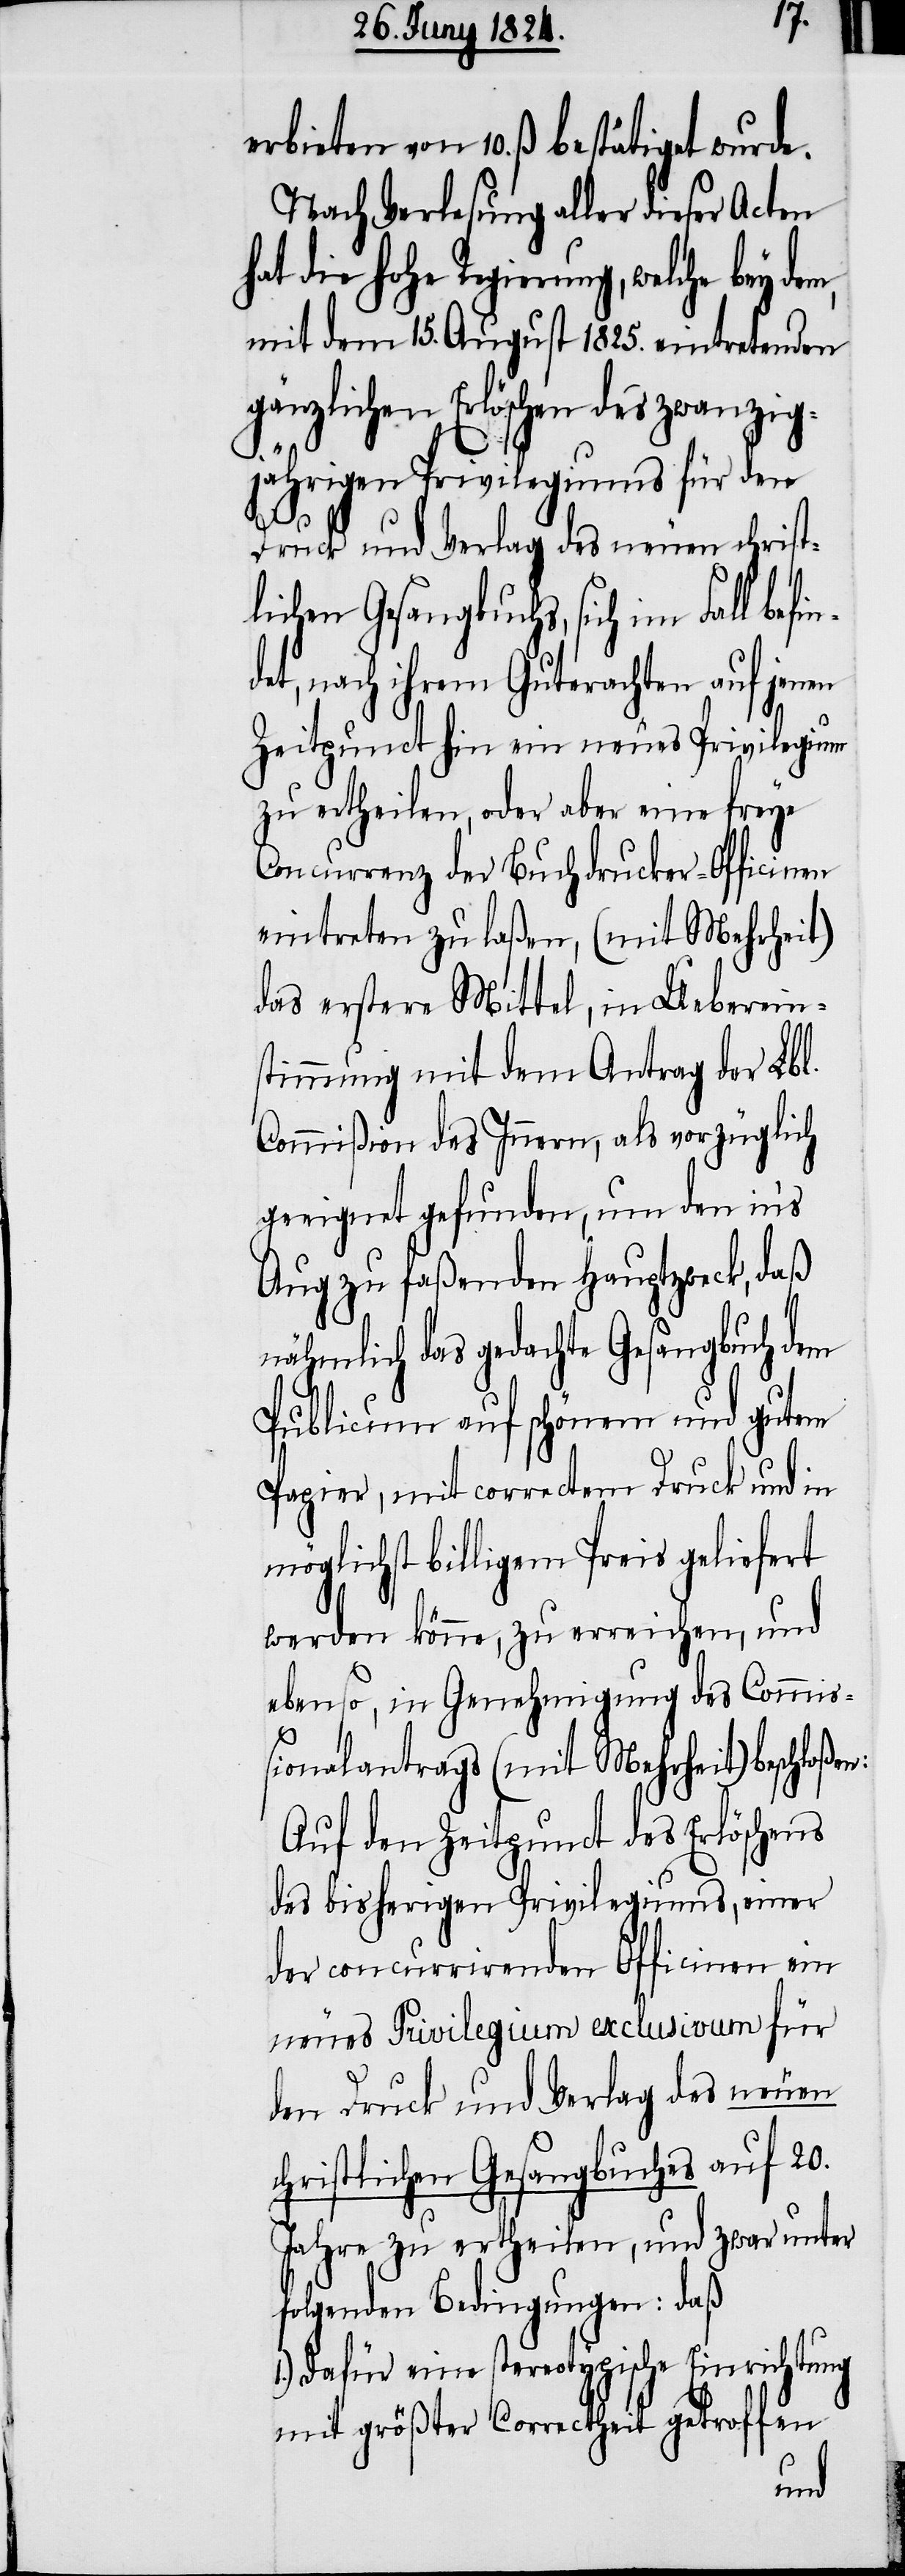
erbieten von 10. ß bestätigt wurde.
Nach Verlesung aller dieser Acten
hat die hohe Regierung, welche bey
mit dem 15. August 1825. eintretenden
gänzlichen Erlöschen des zwanzig¬
jährigen Privilegiums für den
Druck und Verlag des neuen christ¬
lichen Gesangbuchs, sich im Fall be¬
det, nach ihrem Guterachten auf jenen
Zeitpunct hin ein neues Privilegium
zu ertheilen, oder aber eine freye
Concurrenz der Buchdrucker-Officinen
eintreten zu laßen, (mit Mehrheit)
das erstere Mittel, in Ueberein¬
stimmung mit dem Antrag der Lbl.
Commißion des Innern, als vorzüglich
geeignet gefunden, um den in’s
Aug zu faßenden Hauptzweck, daß
nähmlich das gedachte Gesangbuch dem
Publicum auf schönem und gutem
Papier, mit correctem Druck und in
möglichst billigem Preis geliefert
werden könne, zu erreichen, und
ebenso, in Genehmigung des Commi¬
ßionalantrags (mit Mehrheit) beschloßen:
Auf den Zeitpunct des Erlöschens
des bisherigen Privilegiums, einer
der concurrirenden Officinen ein
neues Privilegium exclusivum für
den Druck und Verlag des neuen
christlichen Gesangbuches auf 20.
Jahre zu ertheilen, und zwar unter
folgenden Bedingungen: daß
Dafür eine stereotypische Einrichtung
mit größter Correctheit getroffen
fin¬